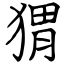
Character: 猬